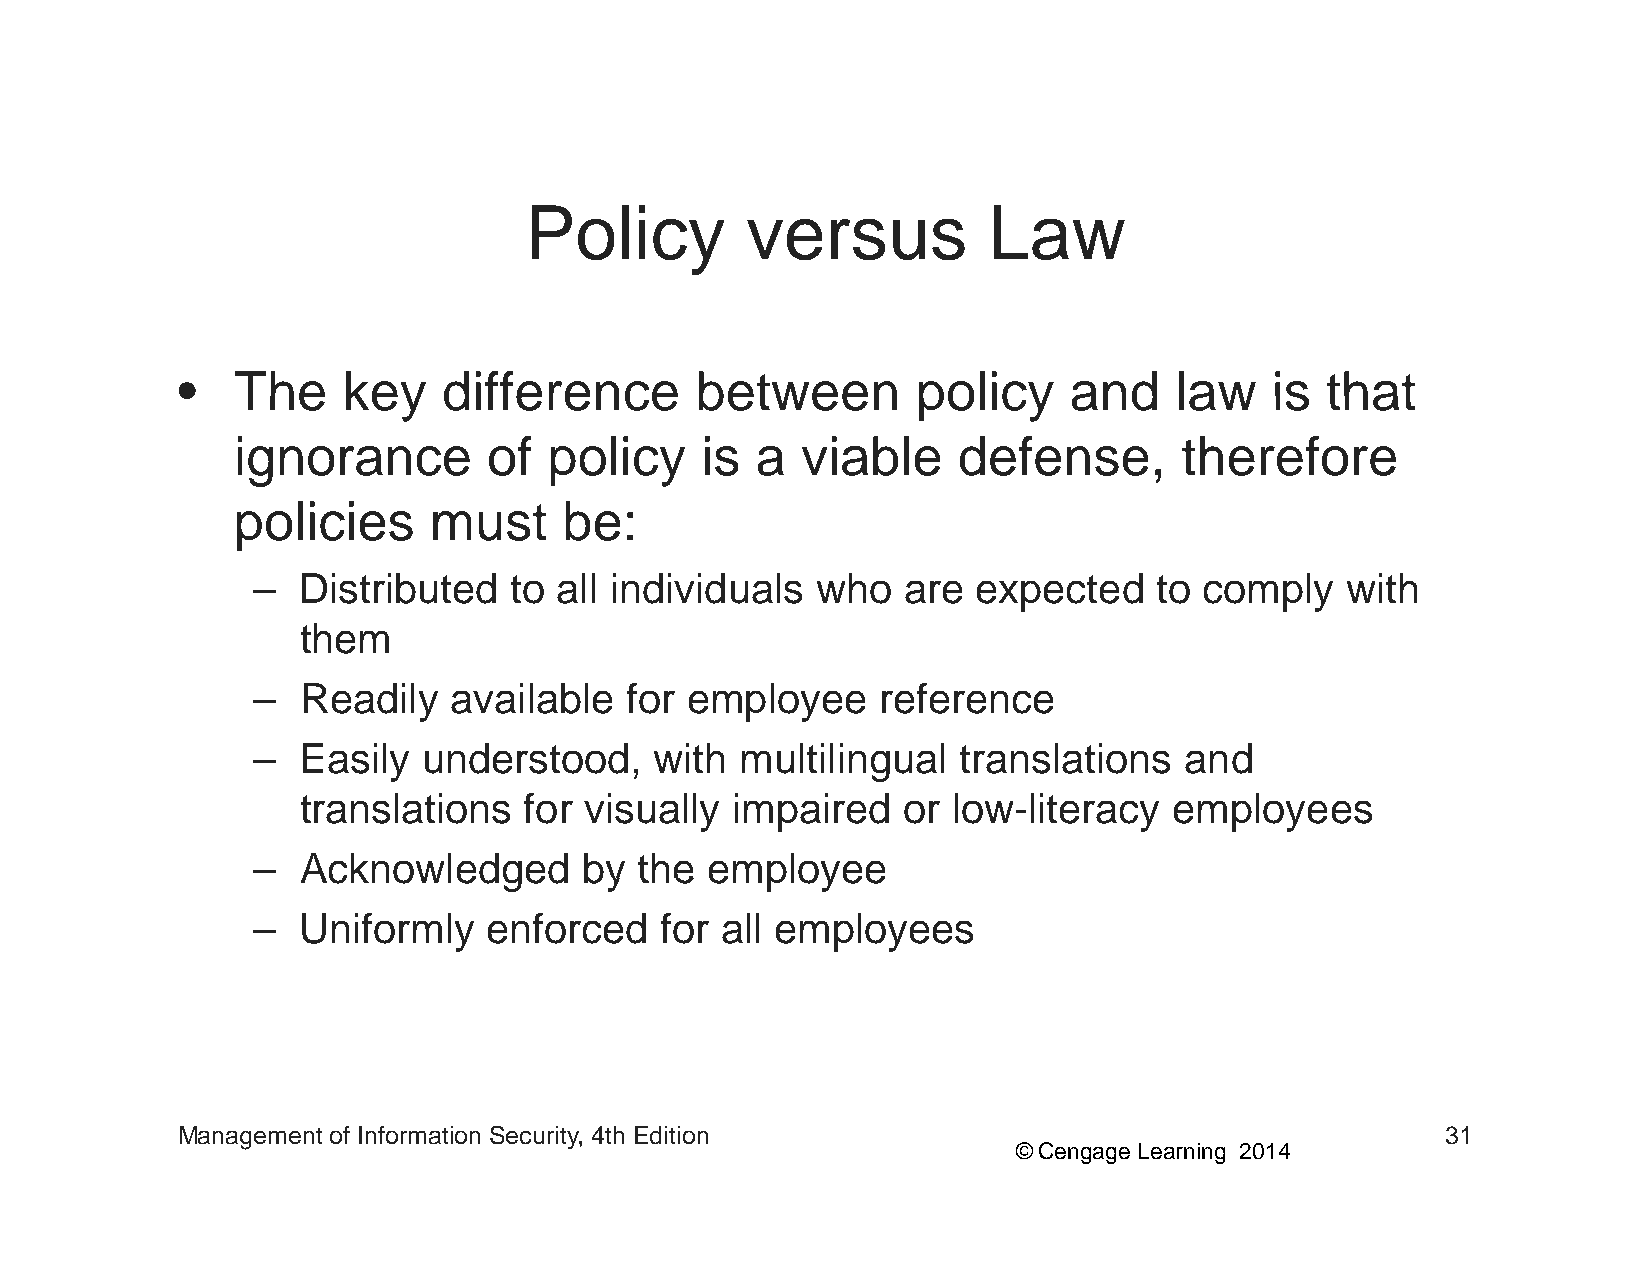
PPoolliiccyy  vveerrssuuss    LLaaww
 •• TThhee  kkeeyy ddiiffffeerreennccee bbeettwweeeenn ppoolliiccyy aanndd llaaww iiss tthhaatt
 ignorance        of  policy    is  a  viable    defense,       therefore
 policies     must     be:
 –  Distributed   to all individuals  who   are  expected    to comply   with
 them
 –  Readilyy  available  for empployyee   reference
 –  Easily  understood,    with  multilingual  translations   and
 translations   for visually impaired    or low-literacy   employees
 –  AAcckknnoowwlleeddggeedd bbyy tthhee eemmppllooyyeeee
 –  Uniformly   enforced    for all employees
 Management of Information Security, 4th Edition                                     31
 © Cengage Learning 2014